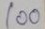
100